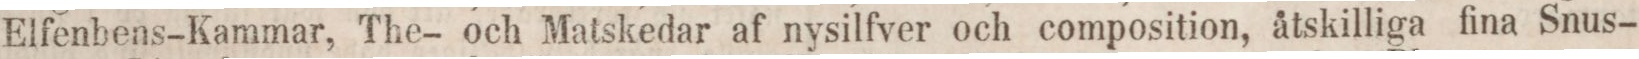
Elfenbens-Kammar, The- och Matskedar af nysilfver och composition, åtskilliga fina Snus-